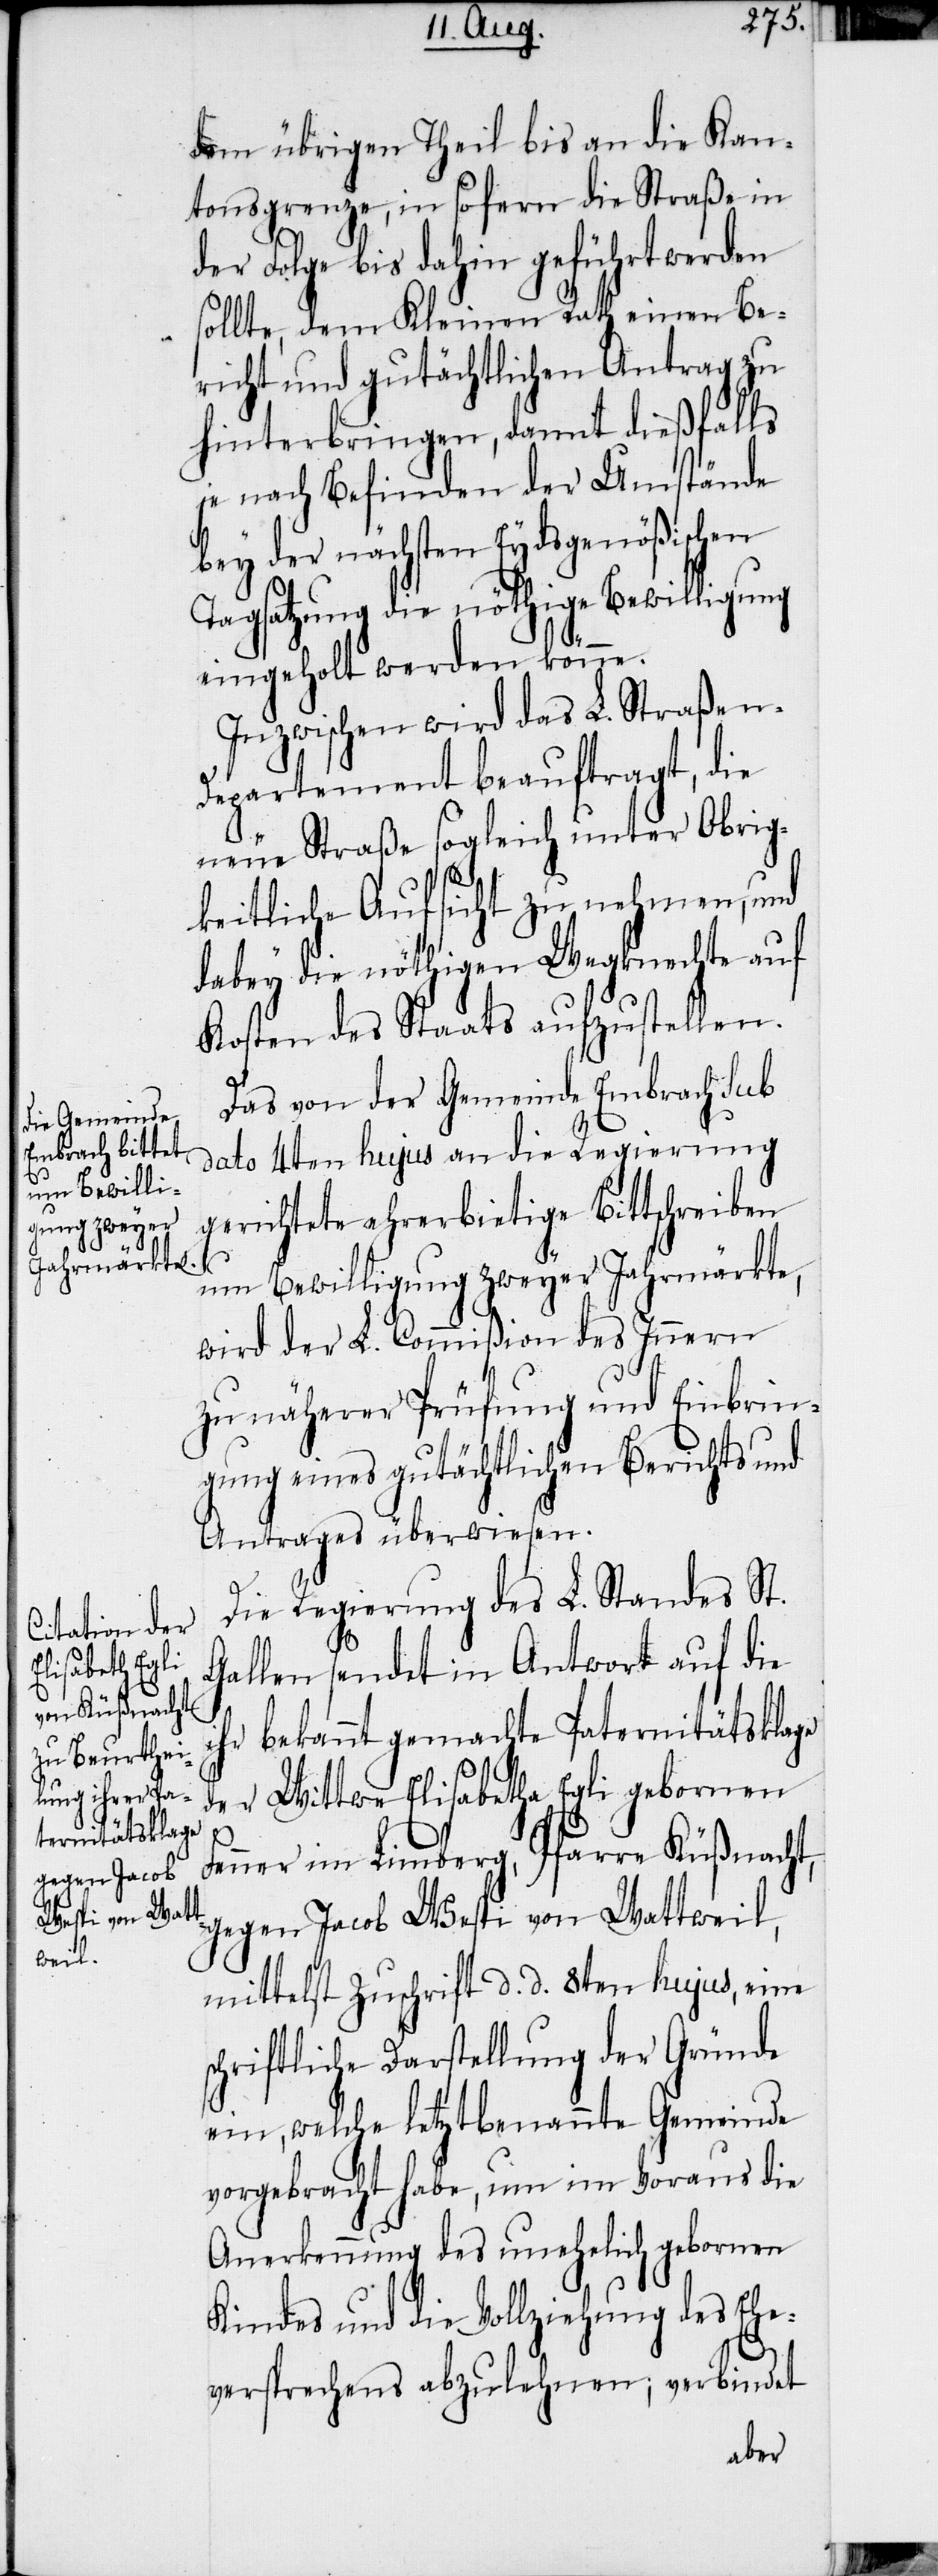
dem übrigen Theil bis an die Kan¬
tonsgrenze, in sofern die Straße in
der Folge bis dahin geführt werden
sollte, dem Kleinen Rath einen Be¬
richt und gutächtlichen Antrag zu
hinterbringen, damit dießfalls
je nach Befinden der Umstände
bey der nächsten Eydsgenößischen
Tagsatzung die nöthige Bewilligung
eingeholt werden könne.
Inzwischen wird das L. Straßen-D¬
epartement beauftragt, die
neue Straße sogleich unter Obrig¬
keitliche Aufsicht zu nehmen, und
dabey die nöthigen Wegknechte auf
Kosten des Staats aufzustellen.
Das von der Gemeinde Embrach sub
dato 4ten hujus an die Regierung
gerichtete ehrerbietige Bittschreiben
um Bewilligung zweyer Jahrmärkte,
wird der L. Commißion des Innern
zu näherer Prüfung und Einbrin¬
gung eines gutächtlichen Berichts und
Antrages überwiesen.
Die Regierung des L. Standes St.
Gallen sendet in Antwort auf die
ihr bekannt gemachte Paternitätsklage
der Wittwe Elisabetha Egli gebornen
Fenner im Limberg, Pfarre Küßnacht,
gegen Jacob Wespi von Wattweil,
mittelst Zuschrift d. d. 8ten hujus, eine
schriftliche Darstellung der Gründe
ein, welche letztbenannte Gemeinde
vorgebracht habe, um im Voraus die
Anerkennung des unehelich gebornen
Kindes und die Vollziehung des Ehe¬
versprechens abzulehnen; verbindet